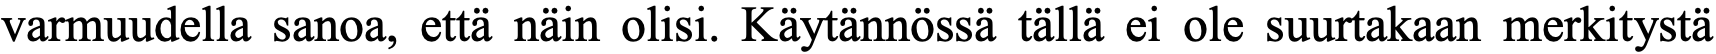
varmuudella sanoa, että näin olisi. Käytännössä tällä ei ole suurtakaan merkitystä